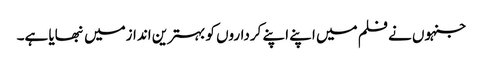
جنہوں نے فلم میں اپنے اپنے کرداروں کو بہترین اندازمیں نبھایا ہے۔